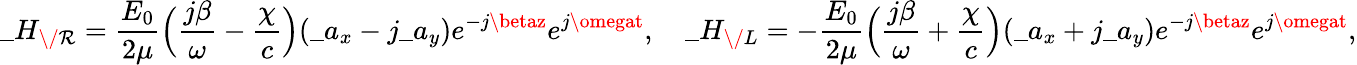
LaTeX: \_ H_{\/ \mathcal{R}}={\frac{{E_{0}}}{{2\mu}}}\Big({\frac{{j\beta}}{{\omega}}}-{\frac{{\chi}}{{c}}}\Big)(\_ a_{x}-j\_ a_{y})e^{-j\betaz}e^{j\omegat},\quad\_ H_{\/ L}=-{\frac{{E_{0}}}{{2\mu}}}\Big({\frac{{j\beta}}{{\omega}}}+{\frac{{\chi}}{{c}}}\Big)(\_ a_{x}+j\_ a_{y})e^{-j\betaz}e^{j\omegat},